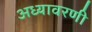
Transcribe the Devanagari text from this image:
अध्यावरणी